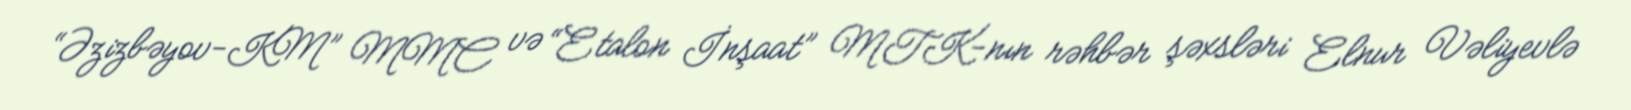
“Əzizbəyov-KM” MMC və “Etalon İnşaat” MTK-nın rəhbər şəxsləri Elnur Vəliyevlə